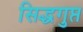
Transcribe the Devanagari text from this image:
सिद्धगुप्त